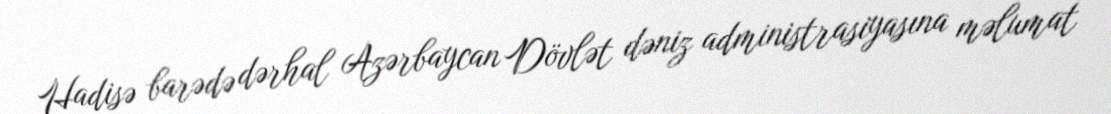
Hadisə barədə dərhal Azərbaycan Dövlət dəniz administrasiyasına məlumat